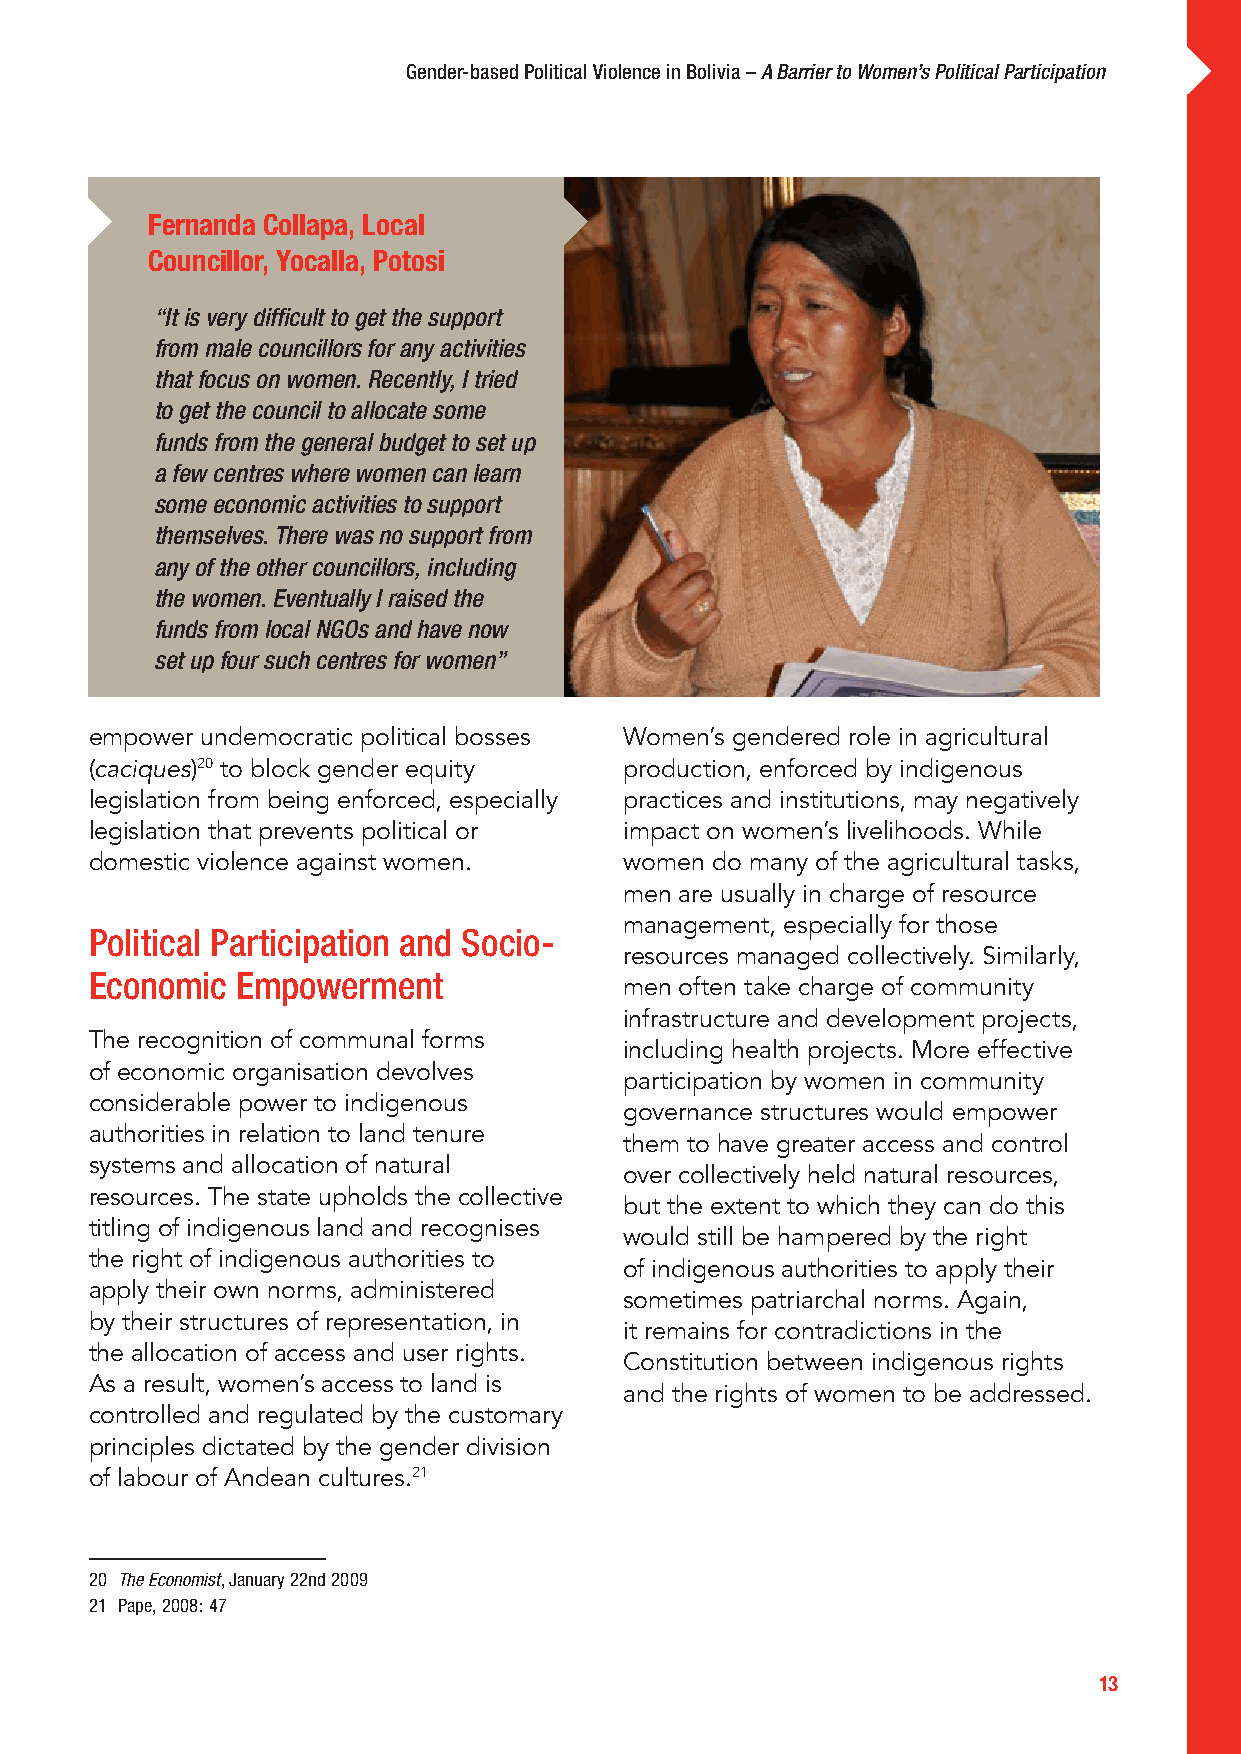
Gender-based Political Violence in Bolivia – A Barrier to Women’s Political Participation
 Fernanda Collapa, Local
 Councillor, Yocalla, Potosi
 “It is very difficult to get the support
 from male councillors for any activities
 that focus on women. Recently, I tried
 to get the council to allocate some
 funds from the general budget to set up
 a few centres where women can learn
 some economic activities to support
 themselves. There was no support from
 any of the other councillors, including
 the women. Eventually I raised the
 funds from local NGOs and have now
 set up four such centres for women”
 empower undemocratic political bosses Women’s gendered role in agricultural
 (caciques)20 to block gender equity production, enforced by indigenous
 legislation from being enforced, especially practices and institutions, may negatively
 legislation that prevents political or impact on women’s livelihoods. While
 domestic violence against women.   women do many of the agricultural tasks,
 men are usually in charge of resource
 management, especially for those
 Political Participation and Socio-
 resources managed collectively. Similarly,
 Economic  Empowerment
 men often take charge of community
 infrastructure and development projects,
 The recognition of communal forms
 including health projects. More effective
 of economic organisation devolves
 participation by women in community
 considerable power to indigenous
 governance structures would empower
 authorities in relation to land tenure
 them to have greater access and control
 systems and allocation of natural
 over collectively held natural resources,
 resources. The state upholds the collective
 but the extent to which they can do this
 titling of indigenous land and recognises
 would still be hampered by the right
 the right of indigenous authorities to
 of indigenous authorities to apply their
 apply their own norms, administered
 sometimes patriarchal norms. Again,
 by their structures of representation, in
 it remains for contradictions in the
 the allocation of access and user rights.
 Constitution between indigenous rights
 As a result, women’s access to land is
 and the rights of women to be addressed.
 controlled and regulated by the customary
 principles dictated by the gender division
 of labour of Andean cultures.21
 20 The Economist, January 22nd 2009
 21 Pape, 2008: 47
 13